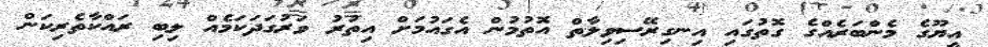
އީޔޫގެ މެންބަރެއްގެ ގޮތުގައި އިނގިރޭސިވިލާތް އޮތުމުން އެގައުމަށް އިތުރު ވަރުގަދަކަމެއް ލިބި ރައްކާތެރިކަން